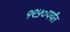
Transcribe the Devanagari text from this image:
१९५०पर्यंत